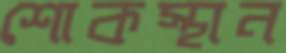
শোকস্থান